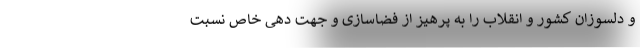
و دلسوزان کشور و انقلاب را به پرهیز از فضاسازی و جهت دهی خاص نسبت